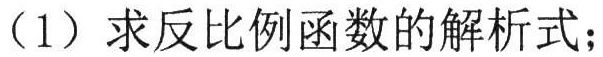
（1）求反比例函数的解析式；